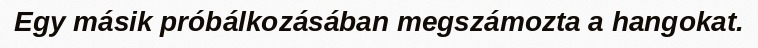
Egy másik próbálkozásában megszámozta a hangokat.